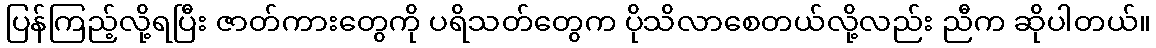
ပြန်ကြည့်လို့ရပြီး ဇာတ်ကားတွေကို ပရိသတ်တွေက ပိုသိလာစေတယ်လို့လည်း ညီက ဆိုပါတယ်။